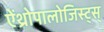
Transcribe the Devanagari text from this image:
ऐंथ्रोपालोजिस्ट्स्